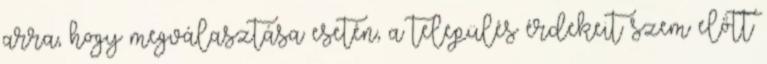
arra, hogy megválasztása esetén, a település érdekeit szem előtt